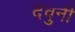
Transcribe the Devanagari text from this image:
देवुनी